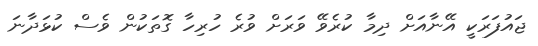
ޖައުފަރަކީ އޭނާއަށް ދިމާ ކުރެވޭ ވަރަށް ވުރެ ހުރިހާ ގޮތަކުން ވެސް ކުޅަދާނަ